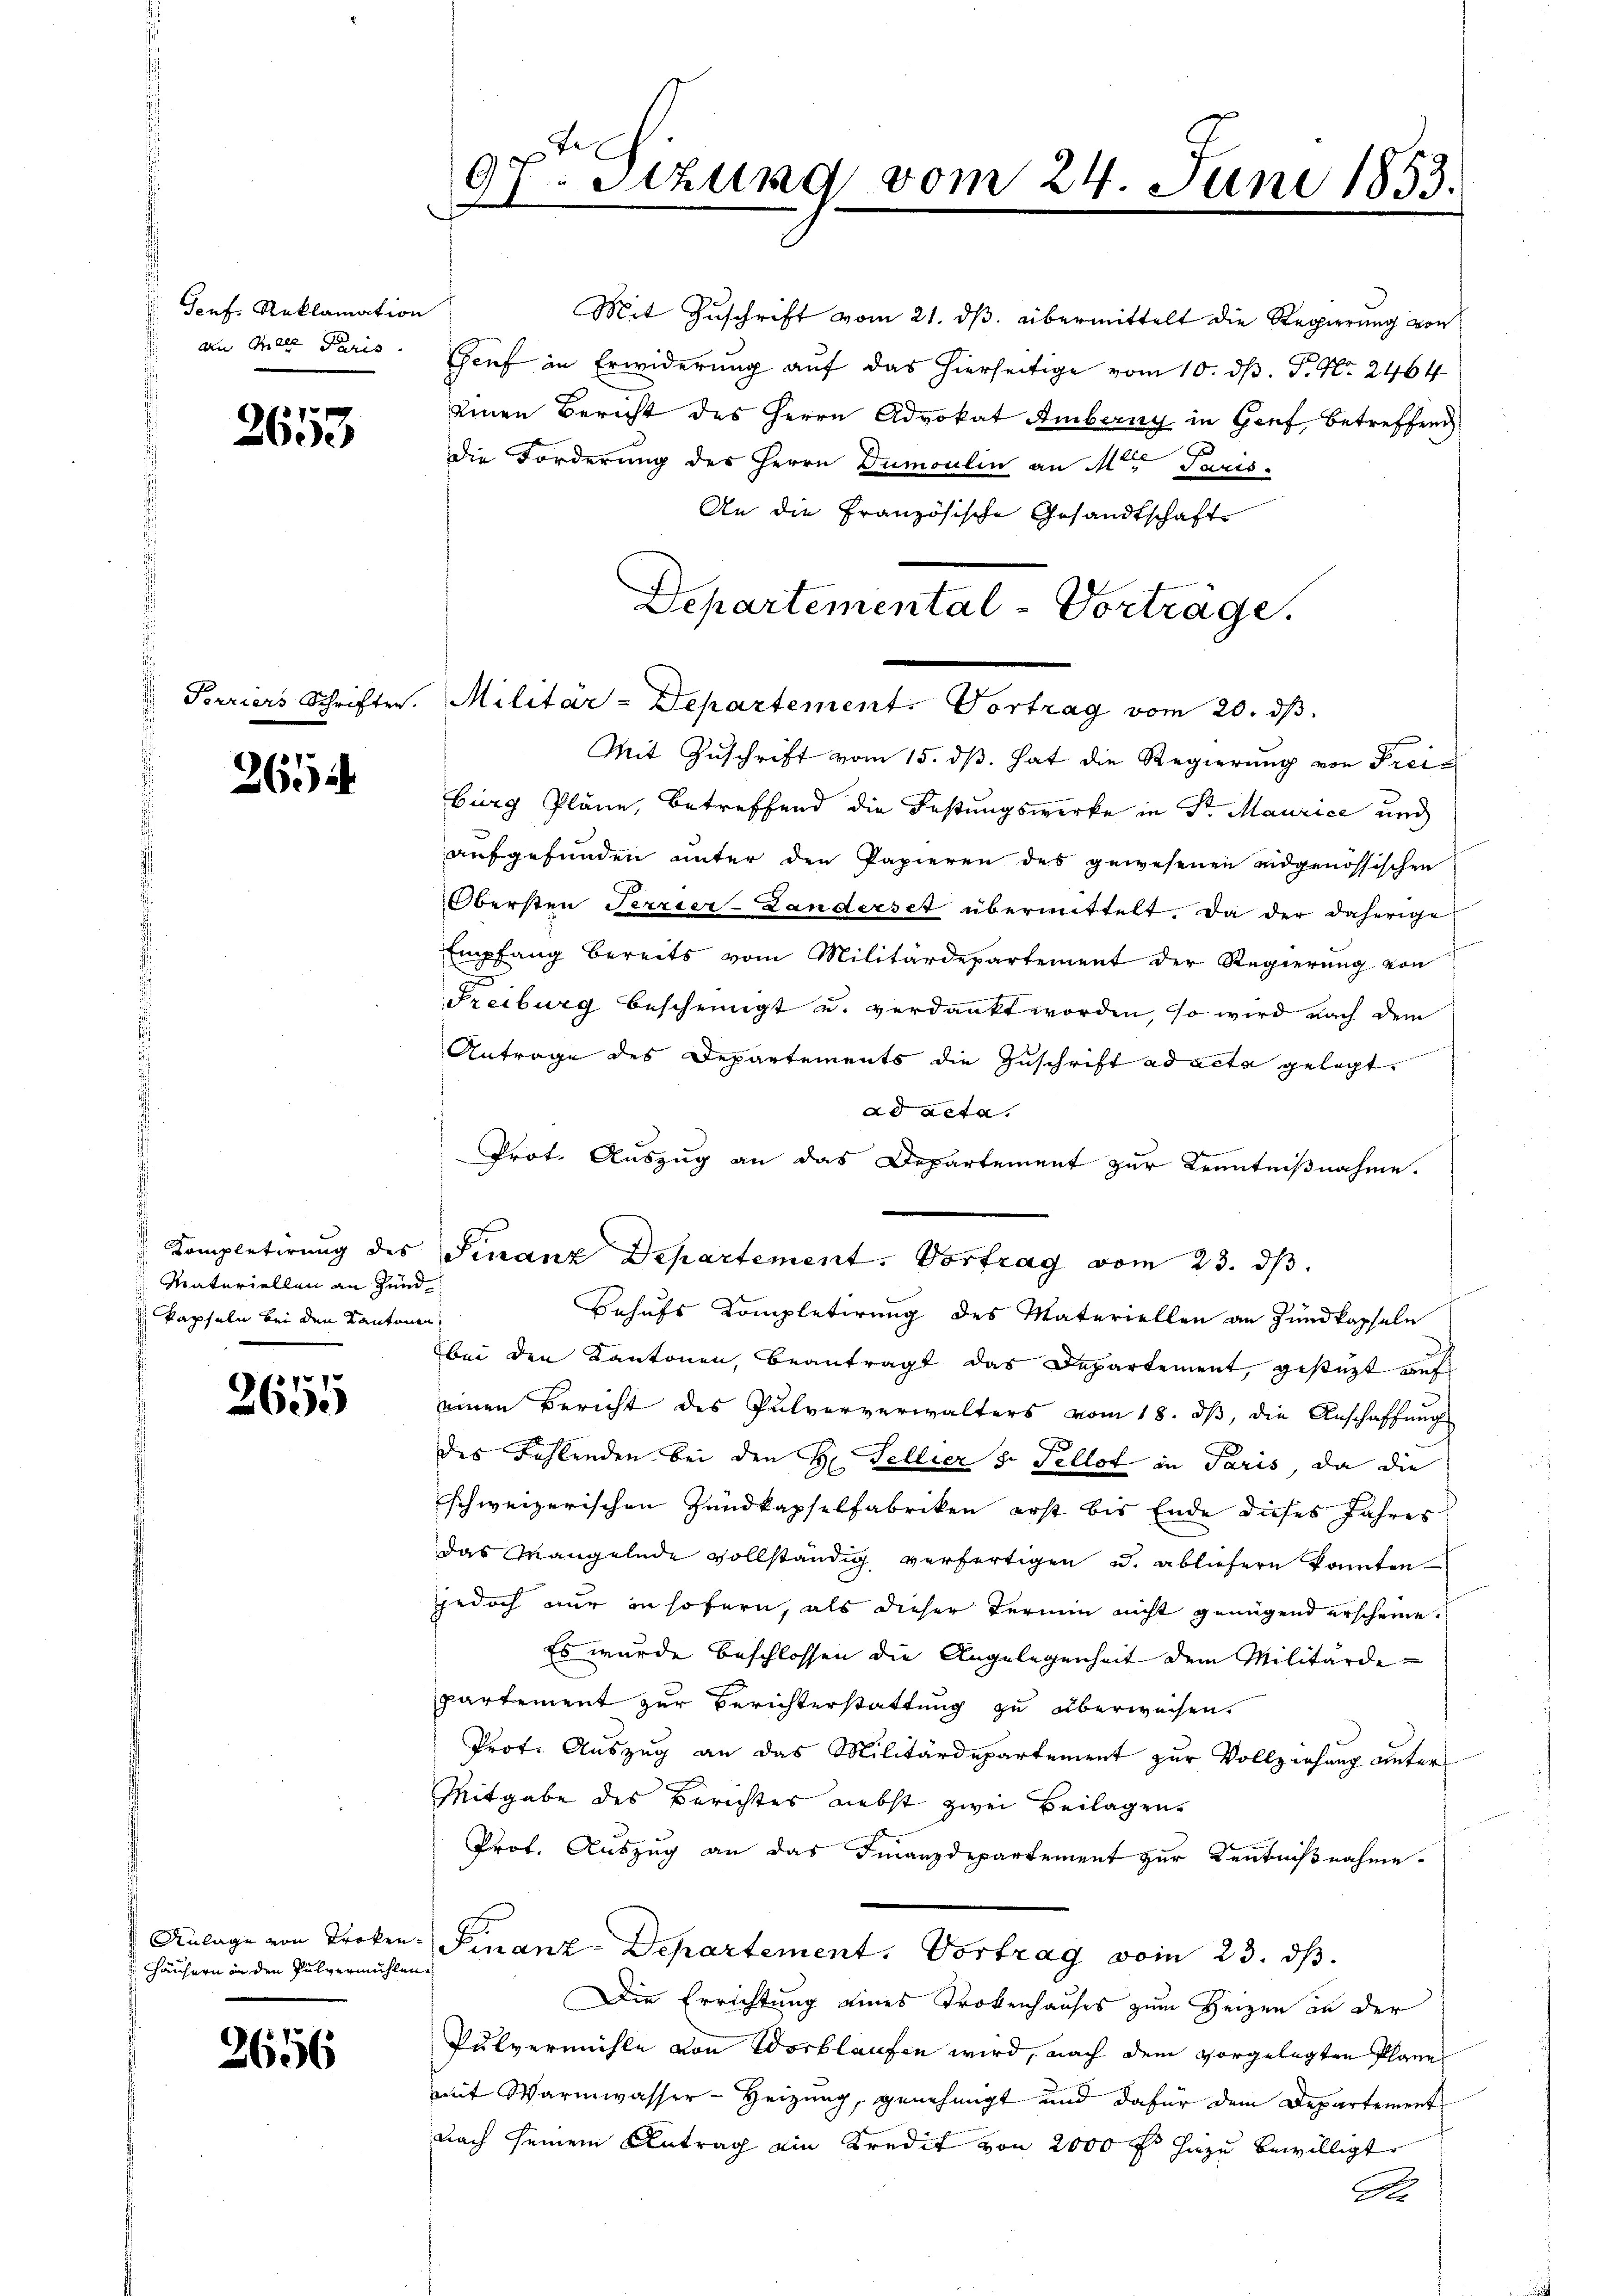
Tonf. Reklamation
an Mlle Paris

2653

2654

Kompletirung des
Materiellen an Hund
kapseln bei den Kantonen,

2655

Anlage von Troken¬
Häusern in den Pulvermühlen

2656

97. Stzung vom 24. Juni 1853.

Mit Zuschrift vom 21. dβ übermittelt die Regierung von
Genf in Erwiderung auf das hierseitige vom 10. ds. P. Nr. 2464
einen Bericht des Herrn Advokat Amberg in Genf, betreffend
Die Forderung des Herrn Dumoulin an Mit Paris
An die Französische Gesandtschaft
Mit Zŭschrift vom 15. dβ. hat die Regierung von Freiburg Pläne, betreffend die Festungswerke in Sr. Maurice und
aufgefunden unter den Papieren des gewesenen eidgenössischen
Obersten Terrier-Landerset übermittelt. Da der daherige
Empfang bereits vom Militärdepartement der Regierŭng von
Freiburg bescheinigt u. verdankt worden, so wird nach dem
Antrage des Departements die Zuschrift ad acta gelegt.
ad acta.
Prot. Auszug an das Departement zur Kenntnißnahme.
Finanz Departement. Vortrag vom 23. ds.
Behufs Kompletirung des Materiellen an Zundkapseln
bei den Kantonen, beantragt das Departement, gesezt auf
einen Bericht des Pulververwalters vom 18. dβ, die Anschaffung
des Fehlenden bei den H. Fellier 3. Fellot in Paris, da die
schweizerischen Zundkapselfabriken erst bis Ende dieses Jahres
das Mangelnde vollständig verfertigen u. abliefern konnten
jedoch nur insofern, als dieser Termin nicht genügend erscheine.
Es wurde beschlossen die Angelegenheit dem Militärdepartement zur Berichterstattung zu überweisen.
Prof. Auszug an das Militärdepartement zur Vollziehung unter¬
Mitgabe des Berichtes nebst zwei Beilagen
Prof. Auszug an das Finanzdepartement zur Kenntnißnahme.
Finanz-Departement. Vortrag vom 23. ds.
Die Errichtung eines Trokenhauses zum Heizen an der
Pulvermühle von Wortlaufen wird, nach dem vorgelegten Plane
mit Warmwasser-Heizung, genehmigt und dafür dem Departement
nach seinem Antrag ain Kredit von 2000 f hiezu bewilligt
Ale

Terriers Schriften. Militar-Departement. Vortrag vom 20. dβ.

Departemental - Vorträge.